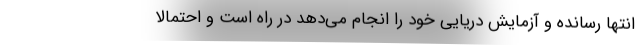
انتها رسانده و آزمایش دریایی خود را انجام می‌دهد در راه است و احتمالاً